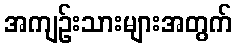
အကျဉ်းသားများအတွက်